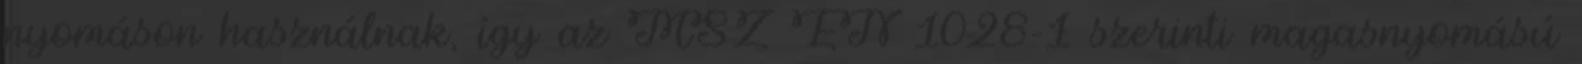
nyomáson használnak, így az MSZ EN 1028-1 szerinti magasnyomású